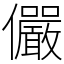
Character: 儼